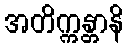
အတိက္ကန္တာနိ